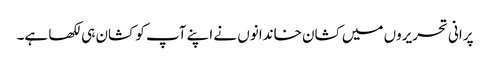
پرانی تحریروں میں کشان خاندانوں نے اپنے آپ کو کشان ہی لکھا ہے۔